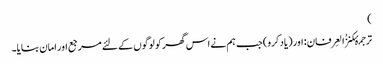
)
ترجمۂکنزُالعِرفان: اور (یاد کرو) جب ہم نے اس گھر کو لوگوں کے لئے مرجع اور امان بنایا۔